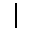
\vert